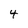
Character: 4